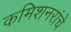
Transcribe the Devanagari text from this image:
कमिशनरांचे